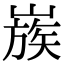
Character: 𡻬